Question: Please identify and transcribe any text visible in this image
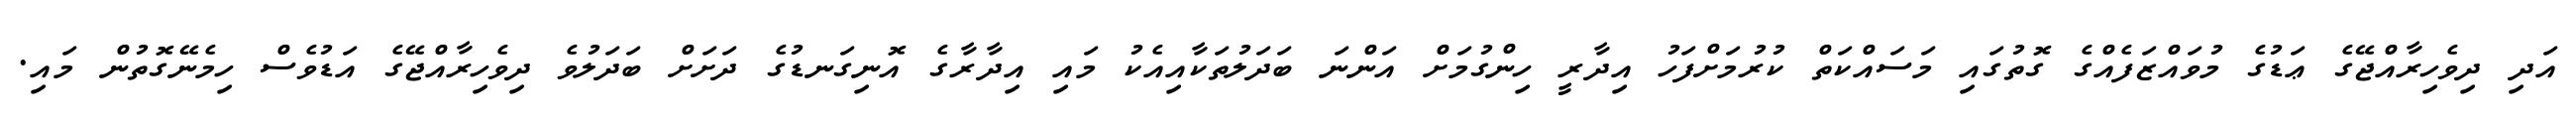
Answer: އަދި ދިވެހިރާއްޖޭގެ ޢަޑުގެ މުވައްޒަފެއްގެ ގޮތުގައި މަސައްކަތް ކުރުމަށްފަހު އިދާރީ ހިންގުމަށް އަންނަ ބަދަލުތަކާއިއެކު މައި އިދާރާގެ އޮނިގަނޑުގެ ދަށަށް ބަދަލުވެ ދިވެހިރާއްޖޭގެ އަޑުވެސް ހިމެނޭގޮތުން މައި.